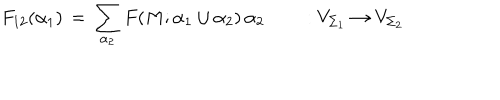
F _ { 1 2 } ( \alpha _ { 1 } ) \, = \, \sum _ { \alpha _ { 2 } } F ( M ; \alpha _ { 1 } \cup \alpha _ { 2 } ) \, \alpha _ { 2 } \qquad : V _ { \Sigma _ { 1 } } \rightarrow V _ { \Sigma _ { 2 } }